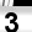
Digit: 3